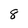
Character: 8